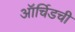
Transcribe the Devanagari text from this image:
ऑर्चिडची